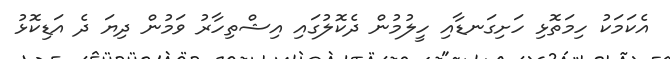
އެކަމަކު ހިމަތޮޅި ހަށިގަނޑާއި ހީލުމުން ދެކޮލުގައި އިޝްތިހާރު ވަމުން ދިޔަ ދެ އަޑިކޮޅު